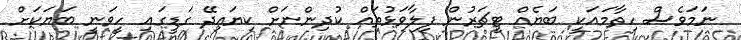
ނަމަވެސް ހިތާމައަކީ ބަޔެއް ޓީޗަރުން ފިލާވަޅުތައް ކުދިންނަށް ކިޔައިދޭ ގަޑީގައި ހީވަނީ ބަޔަކަށް